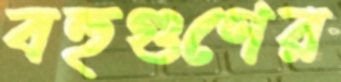
বহুগুণের